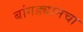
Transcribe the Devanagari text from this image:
बांगड्यानचा